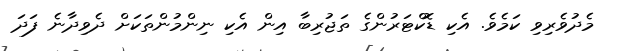
މެދުވެރިވި ކަމެވެ. އެކި ޑޮކްޓަރުންގެ ތަޖުރިބާ އިން އެކި ނިންމުންތަކަށް ދެވިދާނެ ފަދަ